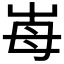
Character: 𡴋